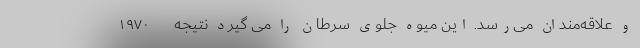
و علاقه‌مندان می‌رسد. این میوه جلوی سرطان را می گیرد نتیجه      ۱۹۷۰